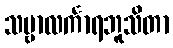
သဗ္ဗာလင်္ကာရဘူသိတာ